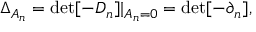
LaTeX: \Delta _ { A _ { n } } = \operatorname * { d e t } [ - D _ { n } ] | _ { A _ { n } = 0 } = \operatorname * { d e t } [ - \partial _ { n } ] ,